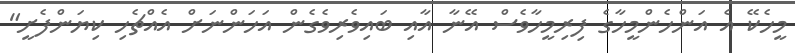
މީހެކޭ އެ އަންހެންމީހާގެ ފިރިމީހާވެސް އޭނާ އާއި ބައިވެރިވެގެން އަހަންނަށް އެއްޗެހި ކިޔަންފެށީ"